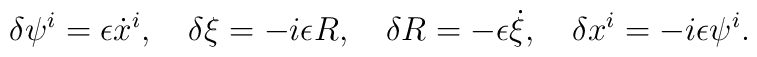
\delta \psi ^{i}=\epsilon \dot{x}^{i},\quad \delta \xi =-i\epsilon R,\quad\delta R=-\epsilon \dot{\xi },\quad \delta x^{i}=-i\epsilon \psi ^{i}.